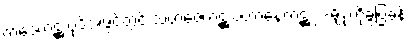
တဒေကဋ္ဌ ပုဒ်အဖွင့်တွင် သဟဇေကဋ္ဌ ပဟာနေကဋ္ဌ ၂-မျိုးကိုခွဲပြခန်း